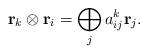
\begin{align*}{\bf r}_k \otimes {\bf r}_i = \bigoplus\limits_j a_{ij}^k {\bf r}_j.\end{align*}